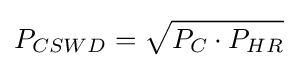
P_{CSWD}={\sqrt {P_{C}\cdot P_{HR}}}